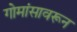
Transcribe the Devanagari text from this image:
गोमांसावरून